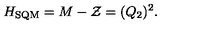
H _ { \mathrm { S Q M } } = M - { \cal Z } = ( Q _ { 2 } ) ^ { 2 } .